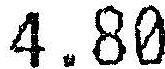
4.80